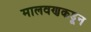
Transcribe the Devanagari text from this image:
मालवणकडून